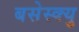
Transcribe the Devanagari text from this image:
बसेस्क्यु